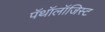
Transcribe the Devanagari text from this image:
पॅथॉलॉजिस्ट